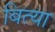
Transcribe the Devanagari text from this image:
बित्या